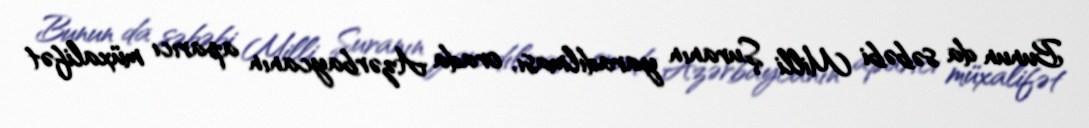
Bunun da səbəbi Milli Şuranın yaradılması, orada Azərbaycanın aparıcı müxalifət